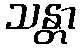
သန္တာ